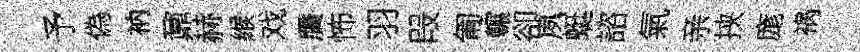
予偽衲鼐赫緱戏贋怖羽叚匍輾卻夙蜓諮氣亲挟庬祸